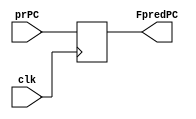
// REGISTER FILE FOR ALL THE STAGES

`timescale 1ns / 10ps

// Fetch Register

module freg(
    input clk, 
    input [63:0] prPC, 
    output reg [63:0] FpredPC
);

always @(posedge clk)
begin
    FpredPC <= prPC;
end

endmodule

// Decode Register

module dreg(
    input clk,
    input [3:0] ficode,
    input [3:0] fifun,
    input [3:0] frA,
    input [3:0] frB,
    input [63:0] fvalC,
    input [63:0] fvalP,

    output reg [3:0] Dicode,
    output reg [3:0] Difun,
    output reg [3:0] DrA,
    output reg [3:0] DrB,

    output reg [63:0] DvalC,
    output reg [63:0] DvalP,


    input [3:0] micode,
    input [3:0] mifun,
    input [3:0] mdstM,
    input [3:0] mdstE,
    input [63:0] mvalE,
    input [63:0] mvalM,
    
    output reg [3:0] Wicode,
    output reg [3:0] Wifun,
    output reg [3:0] WdstE,
    output reg [3:0] WdstM,

    output reg [63:0] WvalE,
    output reg [63:0] WvalM,

    output reg mcnd
);

always @(posedge clk)
begin
    Dicode <= ficode;
    Difun <= fifun;
    DvalC <= fvalC;
    DvalP <= fvalP;
    DrA <= frA;
    DrB <= frB;

    Wicode <= micode;
    Wifun <= mifun;
    WvalM <= mvalM;
    WdstE <= mdstE;
    WdstM <= mdstM;
    WvalE <= mvalE;
end

endmodule

// Execute register file

module ereg(
    input clk,
    input [3:0] dicode,
    input [3:0] difun,
    input [3:0] ddstE,
    input [3:0] ddstM,
    input [3:0] dsrcA,
    input [3:0] dsrcB,
    
    input [63:0] dvalA,
    input [63:0] dvalB,
    input [63:0] dvalC,
    
    output reg [3:0] Eicode,
    output reg [3:0] Eifun,
    output reg [3:0] EdstM,
    output reg [3:0] EdstE,
    output reg [3:0] EsrcA,
    output reg [3:0] EsrcB,

    output reg [63:0] EvalA,
    output reg [63:0] EvalB,
    output reg [63:0] EvalC
);

always @(posedge clk)
begin
    Eicode <= dicode;
    Eifun <= difun;
    EdstM <= ddstM;
    EdstE <= ddstE;
    EsrcA <= dsrcA;
    EsrcB <= dsrcB;
    EvalA <= dvalA;
    EvalB <= dvalB;
    EvalC <= dvalC;
end

endmodule

// Memory register

module mreg(
    input clk,
    input ecnd,

    input [3:0] eicode,
    input [3:0] eifun,
    input [3:0] edstM,
    input [3:0] edstE,

    input [63:0] evalE,
    input [63:0] evalA,

    output reg [3:0] Micode,
    output reg [3:0] Mifun,
    output reg [3:0] MdstE,
    output reg [3:0] MdstM,

    output reg [63:0] MvalA,
    output reg [63:0] MvalE,

    output reg Mcnd
);

always @(posedge clk)
    begin
        Micode <= eicode;
        Mifun <= eifun;
        Mcnd <= ecnd;
        MvalA <= evalA;
        MdstE <= edstE;
        MdstM <= edstM;
        MvalE <= evalE;
    end
endmodule

// write_back register

// module wbreg(
//     input clk,
//     input [3:0] micode,
//     input [3:0] mifun,
//     input [3:0] mdstM,
//     input [3:0] mdstE,
//     input [63:0] mvalE,
//     input [63:0] mvalM,
    
//     output reg [3:0] Wicode,
//     output reg [3:0] Wifun,
//     output reg [3:0] WdstE,
//     output reg [3:0] WdstM,

//     output reg [63:0] WvalE,
//     output reg [63:0] WvalM,

//     output reg mcnd
// );

// always @(posedge clk)
//     begin
//         Wicode <= micode;
//         Wifun <= mifun;
//         WvalM <= mvalM;
//         WdstE <= mdstE;
//         WdstM <= mdstM;
//         WvalE <= mvalE;
//     end